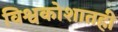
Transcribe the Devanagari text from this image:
विश्वकोशातही